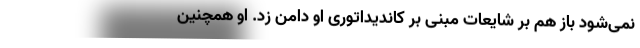
نمی‌شود باز هم بر شایعات مبنی بر کاندیداتوری او دامن زد. او همچنین